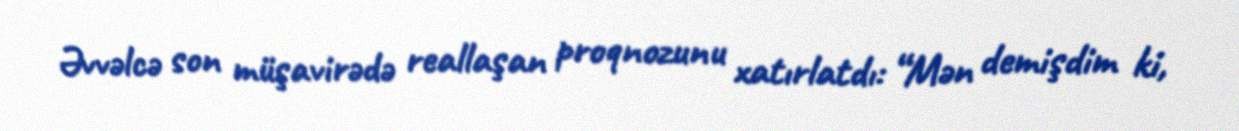
Əvvəlcə son müşavirədə reallaşan proqnozunu xatırlatdı: “Mən demişdim ki,